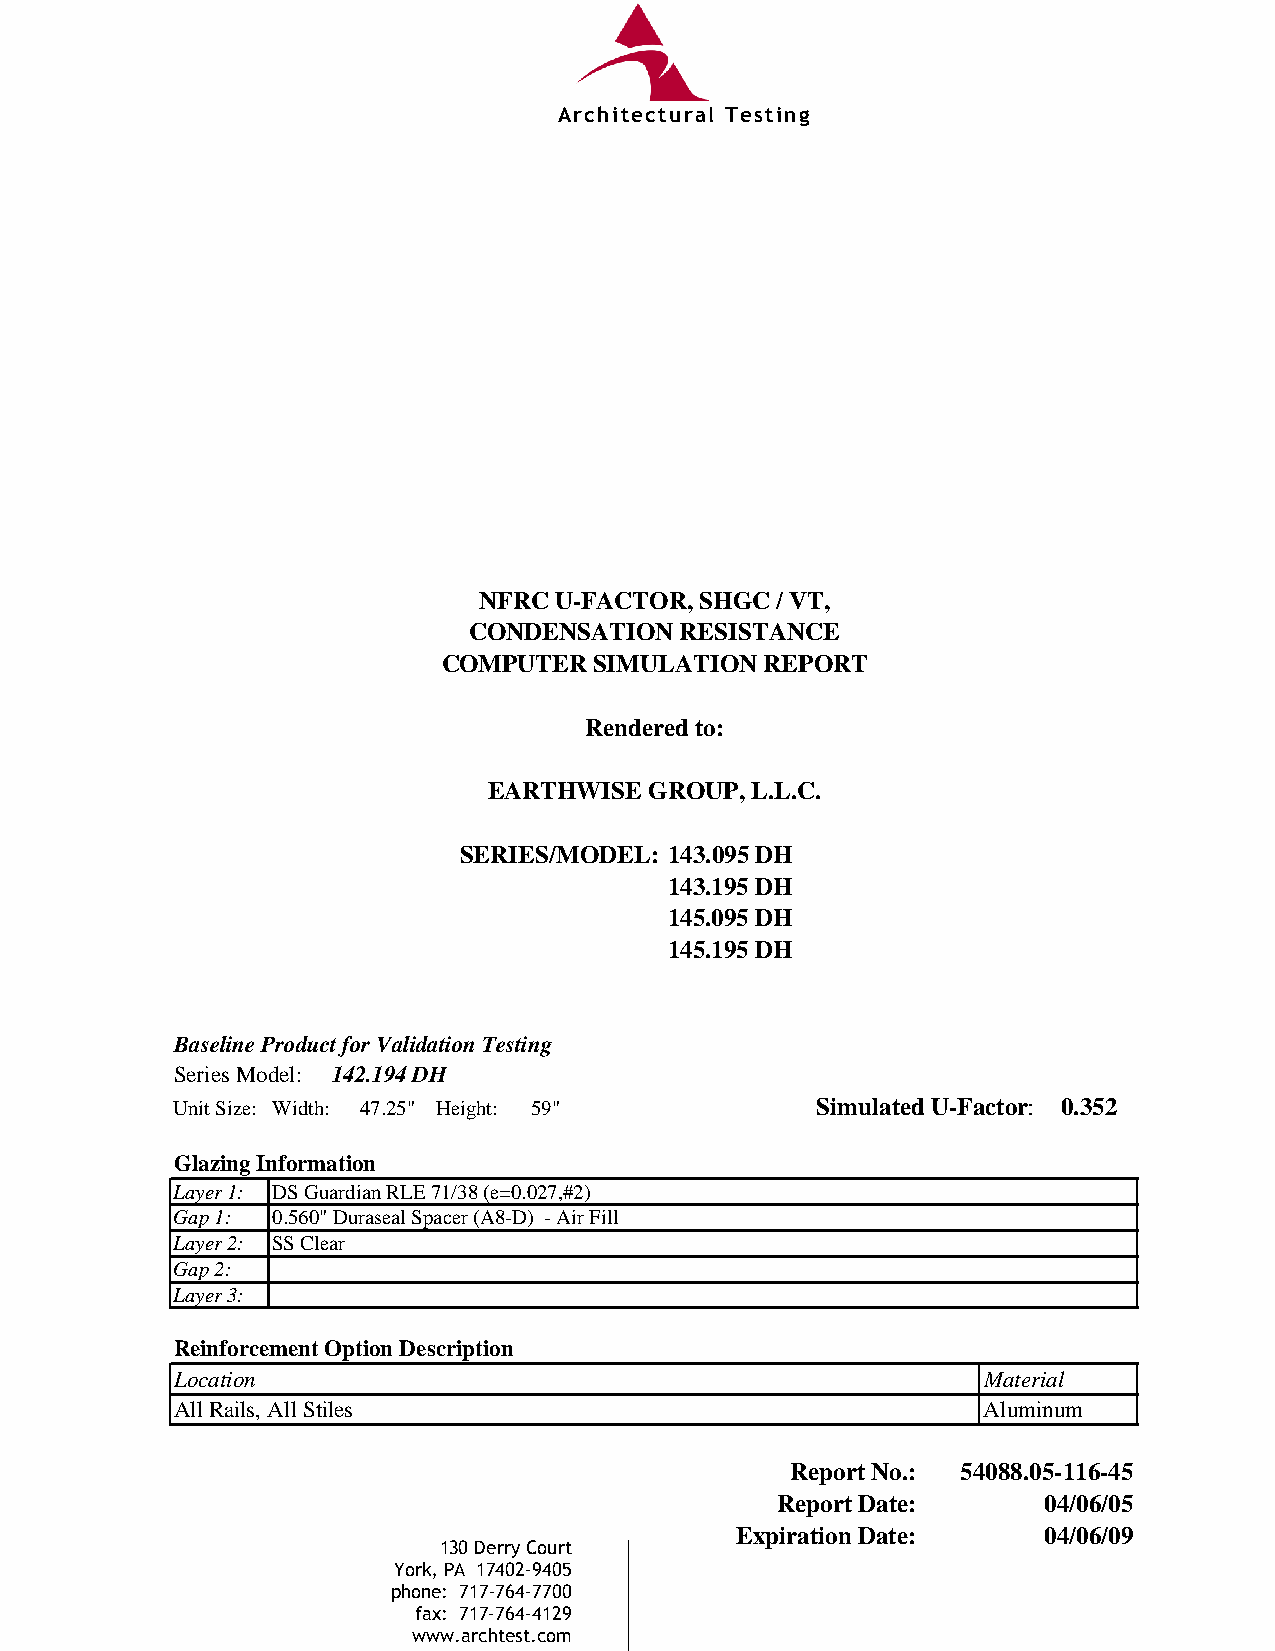
AArrcchhiitteeccttuurraall TTeessttiinngg
 NFRC U-FACTOR, S HGC / VT,
 CONDENSATION  RE SISTANCE
 COMPUTER  SIMULAT ION REPORT
 Rendered to:
 EARTHWISE  GROUP, L.L.C.
 SERIES/MODEL: 143.095 DH
 143 .195 DH
 145 .095 DH
 145 .195 DH
 Baseline Product for Validation Testing
 Series Model: 142.194 DH
 Unit Size: Width: 47.25" Height: 59"       Simulated U-Factor: 0.352
 Glazing Information
 Layer 1: DS Guardian RLE 71/38 (e=0.027,#2)
 Gap 1: 0.560" Duraseal Spacer (A8-D) - Air Fill
 Layer 2: SS Clear
 Gap 2:
 Layer 3:
 Reinforcement Option Description
 Location                                             Material
 All Rails, All Stiles                                Aluminum
 Report No.: 54088.05-116-45
 Report Date:      04/06/05
 Expiration Date:    04/06/09
 130 Derry Court
 York, PA 17402-9405
 phone: 717-764-7700
 fax: 717-764-4129
 www.archtest.com